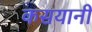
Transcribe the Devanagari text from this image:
कसयानी